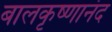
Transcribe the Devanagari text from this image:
बालकृष्णानंद